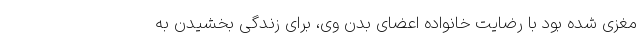
مغزی شده بود با رضایت خانواده اعضای بدن وی، برای زندگی بخشیدن به